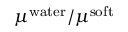
\mu ^ { \mathrm { w a t e r } } / \mu ^ { \mathrm { s o f t } }